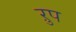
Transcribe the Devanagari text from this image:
ऱुप